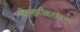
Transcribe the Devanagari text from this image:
विस्तारीकरणाचा